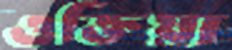
ওক্তিয়া